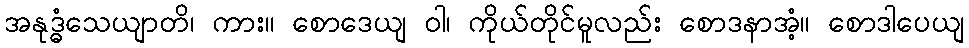
အနုဒ္ဓံသေယျာတိ၊ ကား။ စောဒေယျ ဝါ၊ ကိုယ်တိုင်မူလည်း စောဒနာအံ့။ စောဒါပေယျ